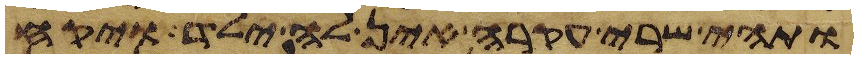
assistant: ותהי שרי עקרה אין לה ילד ויקח